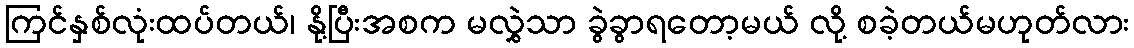
ကြင်နှစ်လုံးထပ်တယ်၊ နို့ပြီးအစက မလွှဲသာ ခွဲခွာရတော့မယ် လို့ စခဲ့တယ်မဟုတ်လား